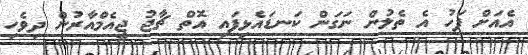
އެއަށް ފަހު އެ ތެލުން ނަގަން ކަނޑައެޅިފައި އޮތް ޗާޖު ޖީއެމްއާރުން ދިވެހި